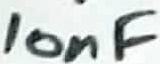
Text: 10nF